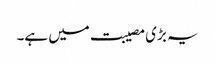
یہ بڑی مصیبت میں ہے۔